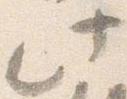
此